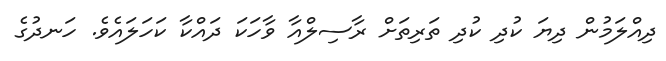
ދިއްލަމުން ދިޔަ ކުދި ކުދި ތަރިތަށް ރާސިލްއާ ވާހަކަ ދައްކާ ކަހަލައެވެ. ހަނދުގެ